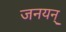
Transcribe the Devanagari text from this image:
जनयन्